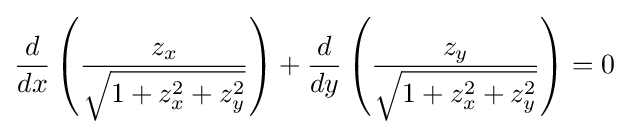
{\frac {d}{dx}}\left({\frac {z_{x}}{\sqrt {1+z_{x}^{2}+z_{y}^{2}}}}\right)+{\frac {d}{dy}}\left({\frac {z_{y}}{\sqrt {1+z_{x}^{2}+z_{y}^{2}}}}\right)=0